画像に写った文字を読んでください
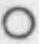
「○」と書いてあります